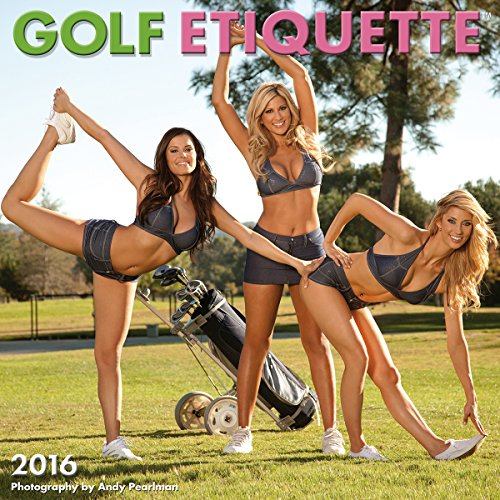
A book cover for Golf Etiquette 2016 Wall Calendar; Andy Pearlman; Calendars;